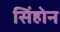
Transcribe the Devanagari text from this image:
सिंहोन